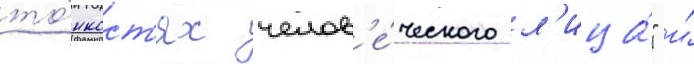
то́нкост'ях челов'е́ческого л'ица́" и́